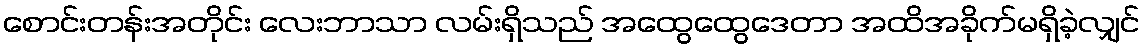
စောင်းတန်းအတိုင်း လေးဘာသာ လမ်းရှိသည် အထွေထွေဒေတာ အထိအခိုက်မရှိခဲ့လျှင်